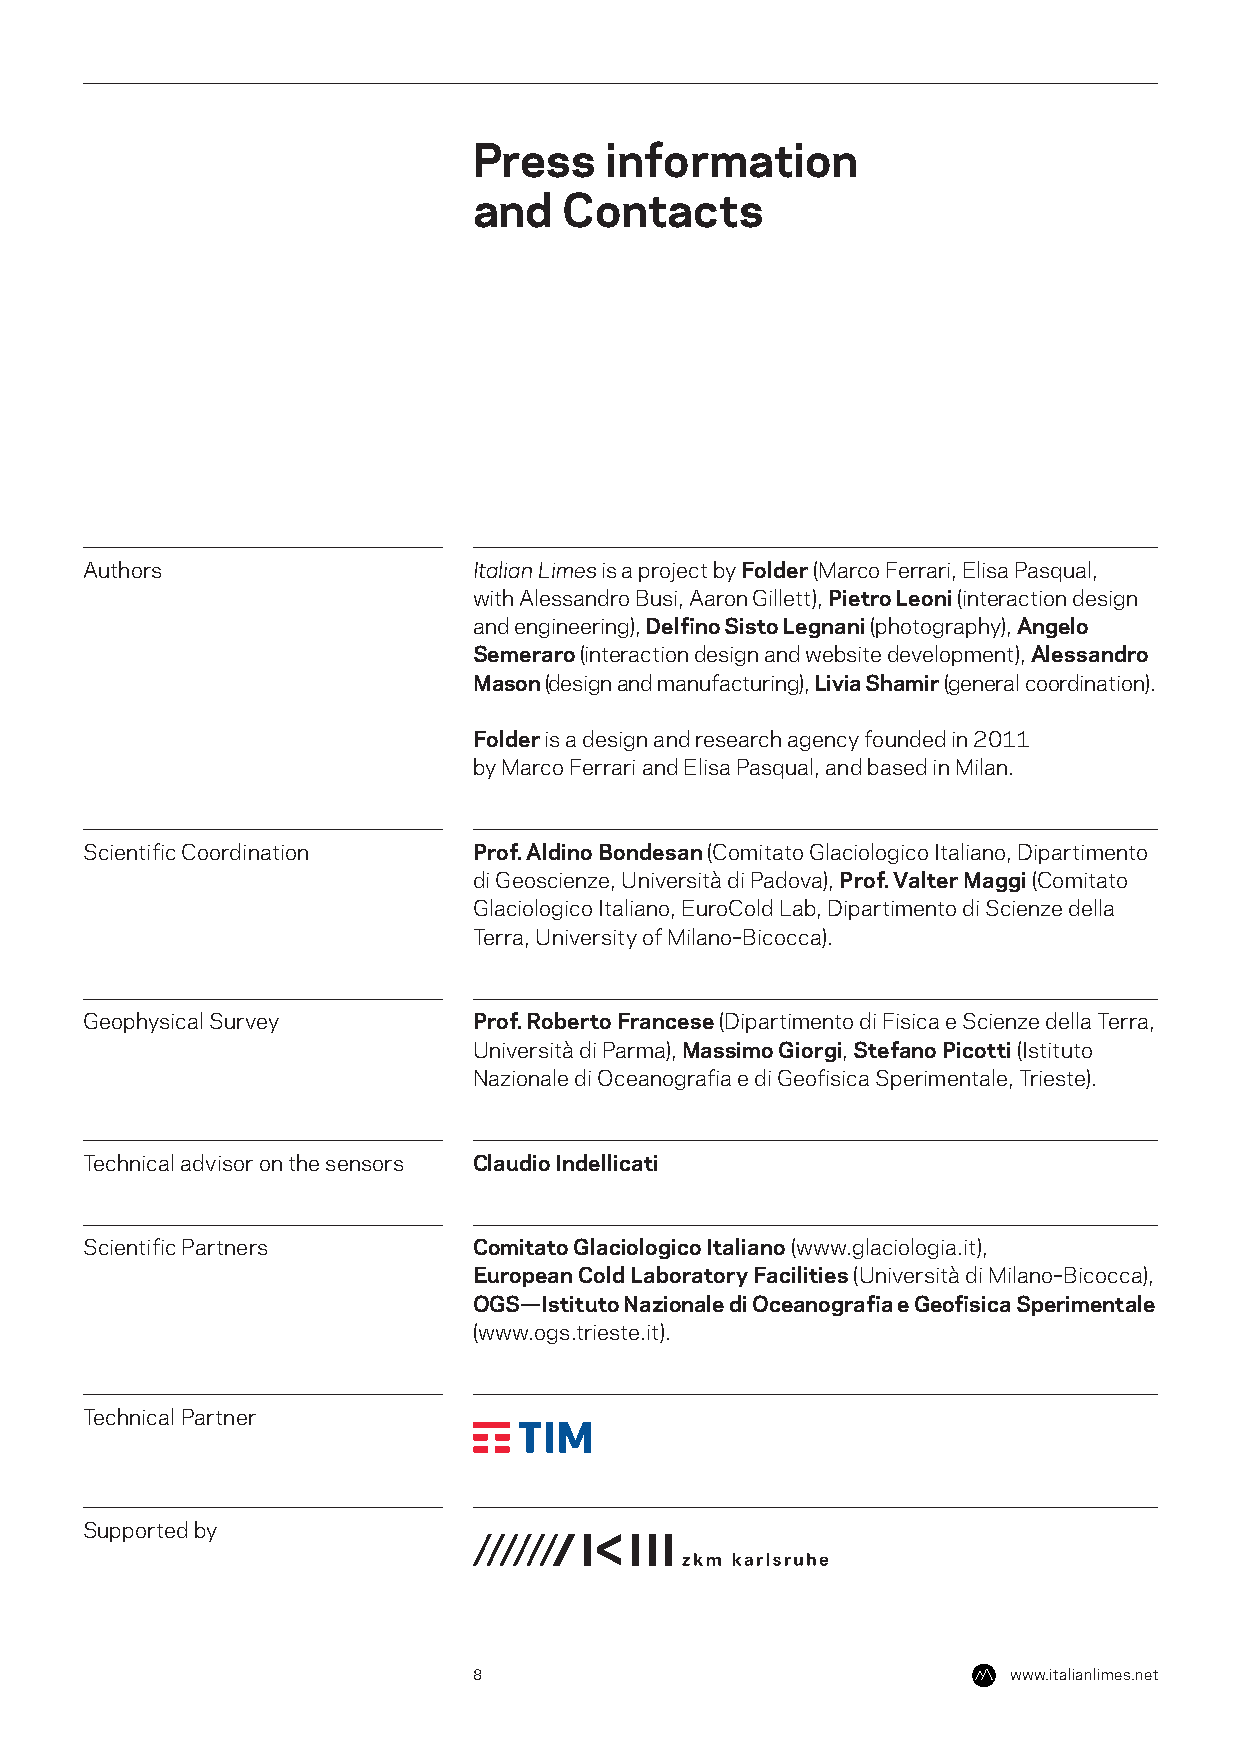
Press    information
 and   Contacts
 Authors                   Italian Limes is a project by Folder (Marco Ferrari, Elisa Pasqual,
 with Alessandro Busi, Aaron Gillett), Pietro Leoni (interaction design
 and engineering), Delfino Sisto Legnani (photography), Angelo
 Semeraro (interaction design and website development), Alessandro
 Mason (design and manufacturing), Livia Shamir (general coordination).
 Folder is a design and research agency founded in 2011
 by Marco Ferrari and Elisa Pasqual, and based in Milan.
 Scientific Coordination   Prof. Aldino Bondesan (Comitato Glaciologico Italiano, Dipartimento
 di Geoscienze, Università di Padova), Prof. Valter Maggi (Comitato
 Glaciologico Italiano, EuroCold Lab, Dipartimento di Scienze della
 Terra, University of Milano–Bicocca).
 Geophysical Survey        Prof. Roberto Francese (Dipartimento di Fisica e Scienze della Terra,
 Università di Parma), Massimo Giorgi, Stefano Picotti (Istituto
 Nazionale di Oceanografia e di Geofisica Sperimentale, Trieste).
 Technical advisor on the sensors Claudio Indellicati
 Scientific Partners       Comitato Glaciologico Italiano (www.glaciologia.it),
 European Cold Laboratory Facilities (Università di Milano–Bicocca),
 OGS—Istituto Nazionale di Oceanografia e Geofisica Sperimentale
 (www.ogs.trieste.it).
 Technical Partner
 Supported by
 8                                   www.italianlimes.net